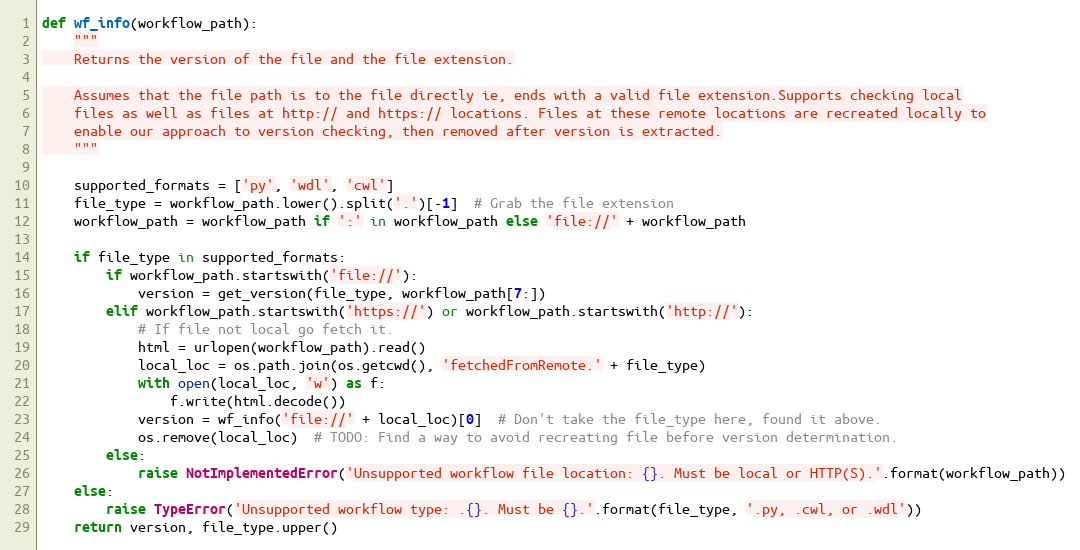
Language: Python
def wf_info(workflow_path):
    """
    Returns the version of the file and the file extension.

    Assumes that the file path is to the file directly ie, ends with a valid file extension.Supports checking local
    files as well as files at http:// and https:// locations. Files at these remote locations are recreated locally to
    enable our approach to version checking, then removed after version is extracted.
    """

    supported_formats = ['py', 'wdl', 'cwl']
    file_type = workflow_path.lower().split('.')[-1]  # Grab the file extension
    workflow_path = workflow_path if ':' in workflow_path else 'file://' + workflow_path

    if file_type in supported_formats:
        if workflow_path.startswith('file://'):
            version = get_version(file_type, workflow_path[7:])
        elif workflow_path.startswith('https://') or workflow_path.startswith('http://'):
            # If file not local go fetch it.
            html = urlopen(workflow_path).read()
            local_loc = os.path.join(os.getcwd(), 'fetchedFromRemote.' + file_type)
            with open(local_loc, 'w') as f:
                f.write(html.decode())
            version = wf_info('file://' + local_loc)[0]  # Don't take the file_type here, found it above.
            os.remove(local_loc)  # TODO: Find a way to avoid recreating file before version determination.
        else:
            raise NotImplementedError('Unsupported workflow file location: {}. Must be local or HTTP(S).'.format(workflow_path))
    else:
        raise TypeError('Unsupported workflow type: .{}. Must be {}.'.format(file_type, '.py, .cwl, or .wdl'))
    return version, file_type.upper()